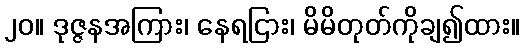
၂၀။ ဒုဇ္ဇနအကြား၊ နေရငြား၊ မိမိတုတ်ကိုချ၍ထား။